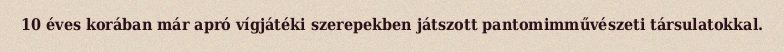
10 éves korában már apró vígjátéki szerepekben játszott pantomimművészeti társulatokkal.